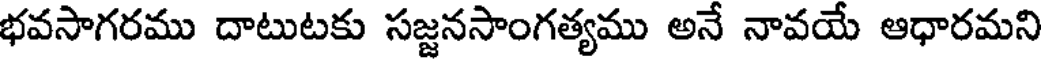
భవసాగరము దాటుటకు సజ్జనసాంగత్యము అనే నావయే ఆధారమని